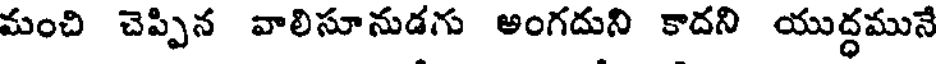
మంచి చెప్పిన వాలిసూనుడగు అంగదుని కాదని యుద్ధమునే